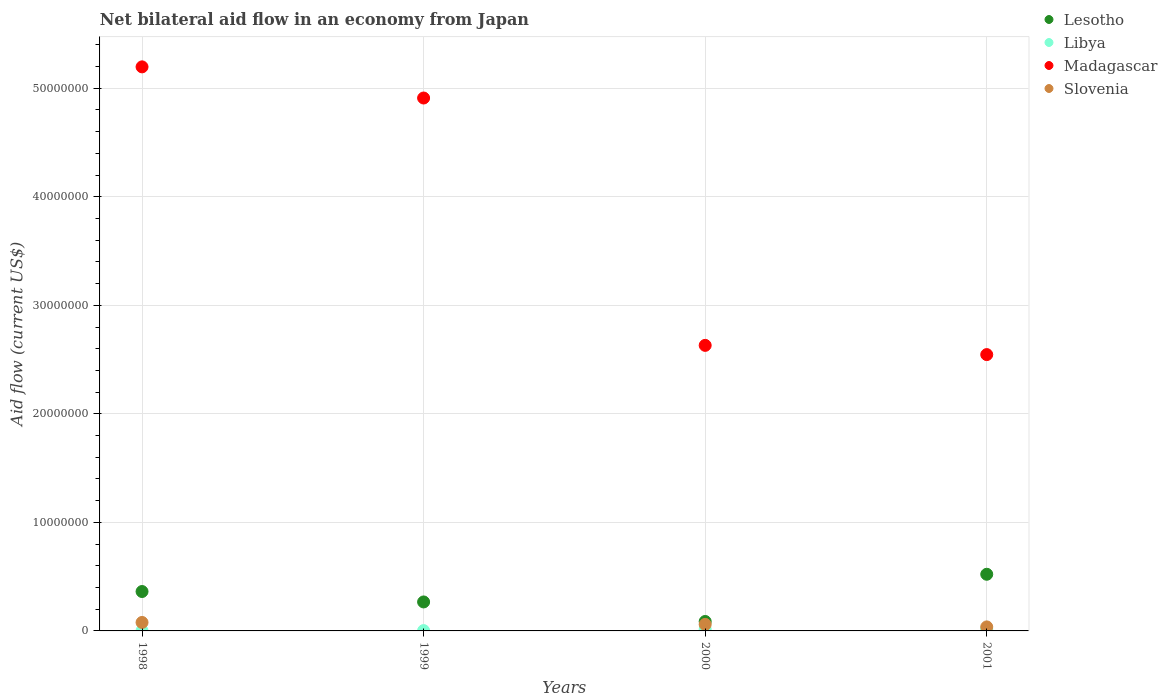
| Years | Lesotho | Libya | Madagascar | Slovenia |
 | --- | --- | --- | --- | --- |
 | 1998 | 3.63e+06 | 2e+04 | 5.2e+07 | 7.8e+05 |
 | 1999 | 2.67e+06 | 3e+04 | 4.91e+07 | -3.85e+06 |
 | 2000 | 8.7e+05 | 1.5e+05 | 2.63e+07 | 6e+05 |
 | 2001 | 5.22e+06 | 1.7e+05 | 2.55e+07 | 3.7e+05 |